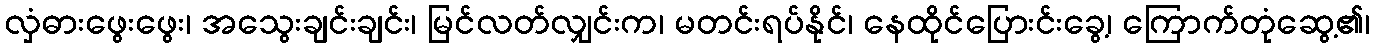
လှံဓားဖွေးဖွေး၊ အသွေးချင်းချင်း၊ မြင်လတ်လျှင်းက၊ မတင်းရပ်နိုင်၊ နေထိုင်ပြေားင်းခွေ့၊ ကြောက်တုံဆွေ့၏၊